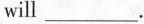
will ___ .